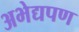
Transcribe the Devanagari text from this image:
अभेद्यपण